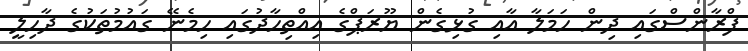
ފްރާންސްގައި ދިން ހަމަލާ އާއި ގުޅިގެން ޔޫރަޕްގެ އިއްތިހާދުގައި ހިމެނޭ ގައުމުތަކުގެ ދާހިލީ